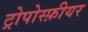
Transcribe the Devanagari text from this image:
ट्रोपोस्फ़ीयर